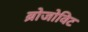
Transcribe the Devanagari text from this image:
ब्रोजोविट